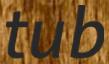
tub